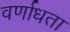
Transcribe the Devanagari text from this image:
वर्णाधता